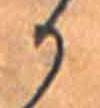
か